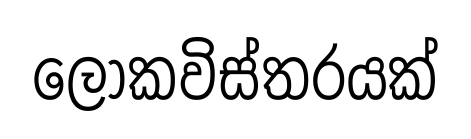
ලෝකවිස්තරයක්